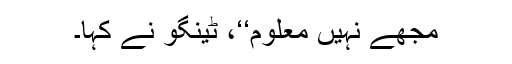
مجھے نہیں معلوم‘‘، ٹینگو نے کہا۔